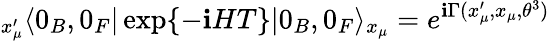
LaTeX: {}_{x_{\mu}^{\prime}}\langle0_{B},0_{F}|\exp\{ -\mathbf{i}HT\} |0_{B},0_{F}\rangle_{x_{\mu}}=e^{\mathbf{i}\Gamma(x_{\mu}^{\prime},x_{\mu},\theta^{3})}